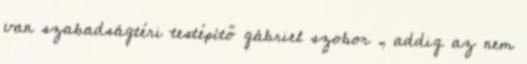
van szabadságtéri testépítő gábriel szobor , addig az nem